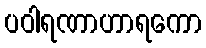
ပဝါရဏာဟာရကော